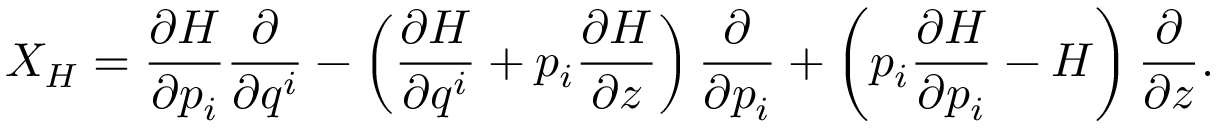
X _ { H } = \frac { \partial H } { \partial p _ { i } } \frac { \partial } { \partial q ^ { i } } - \left( \frac { \partial H } { \partial q ^ { i } } + p _ { i } \frac { \partial H } { \partial z } \right) \frac { \partial } { \partial p _ { i } } + \left( p _ { i } \frac { \partial H } { \partial p _ { i } } - H \right) \frac { \partial } { \partial z } .